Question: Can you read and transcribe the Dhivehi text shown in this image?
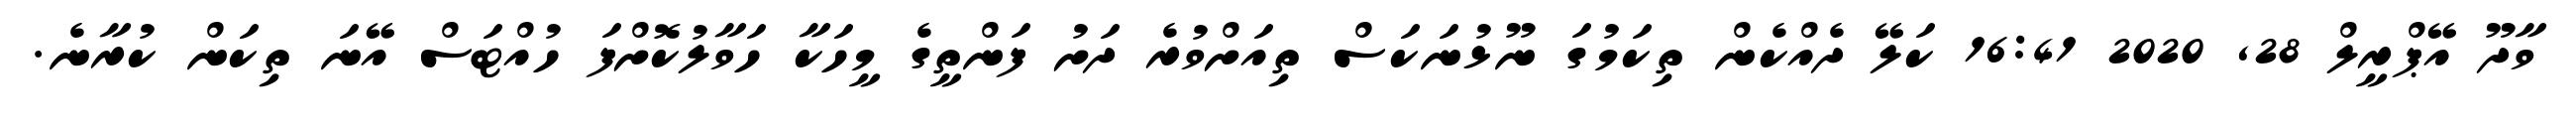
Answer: ވާދޫ އޭޕްރީލް 28, 2020 16:41 ކަލޭ ދެއްކެން ތިކަމުގަ ނޫޅުނަކަސް ތިއަށްވުރެ ދަށު ފަންތީގެ މީހަކާ ހަވާލުކޮށްފަ ހުއްޓަސް އޭނަ ތިކަން ކުރާނެ.